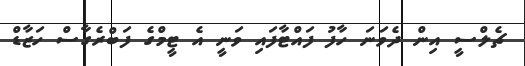
ޗެލްސީ އިން ދެވަނަ ހާފު ފައްޓާފައި ވަނީ އެ ޓީމްގެ ފަބްރެގާސް ހަޒާޑް